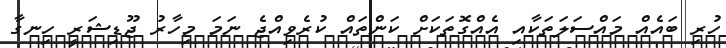
ހުރި ބައެއް މައްސަލަތަކާއި އެެއްގޮތަކަށް ކަންތައް ކުރެވިއްޖެ ނަމަ މިހާރު ޖޫޑިޝަރީ ހިނގާ